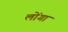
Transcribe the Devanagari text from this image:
लोंगा